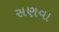
સણવા